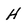
Character: H